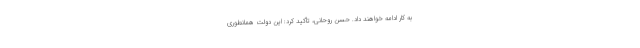
به کار ادامه خواهند داد. حسن روحانی، تأکید کرد: این دولت همانطوری